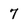
Character: 7